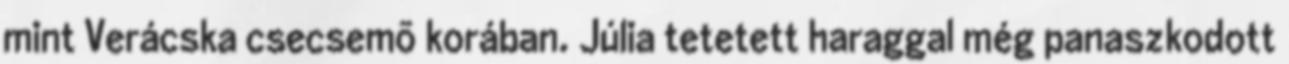
mint Verácska csecsemõ korában. Júlia tetetett haraggal még panaszkodott